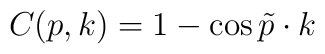
C(p,k) = 1 - \cos \tilde{p}\cdot k